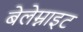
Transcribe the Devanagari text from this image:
बेलेम्नाइट